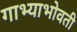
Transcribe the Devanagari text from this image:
गाभ्याभोवती